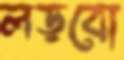
লড়বো